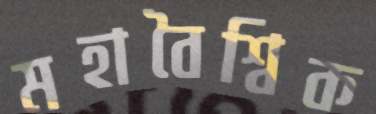
মহাবৈশ্বিক